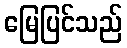
မြေပြင်သည်